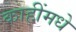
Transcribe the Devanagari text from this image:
काहींमधे